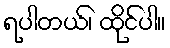
ရပါတယ်၊ ထိုင်ပါ။